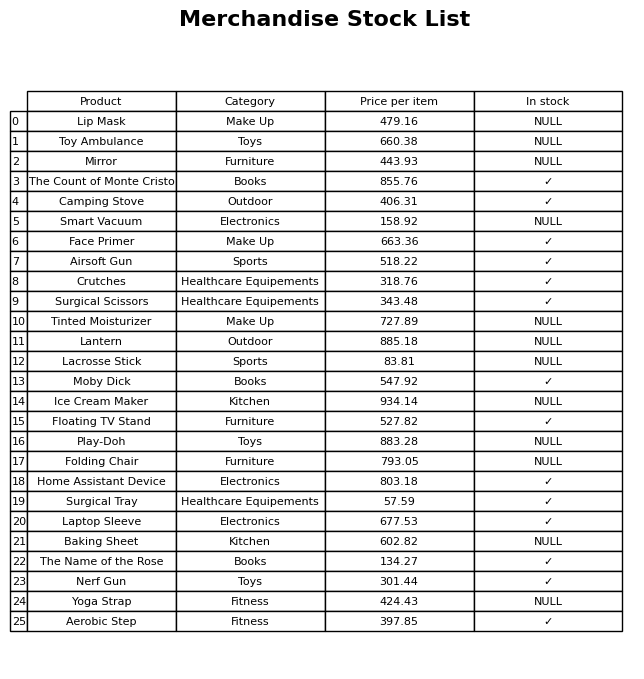
question: What is the price for Camping Stove?
answer: The price of Camping Stove is 406.31.